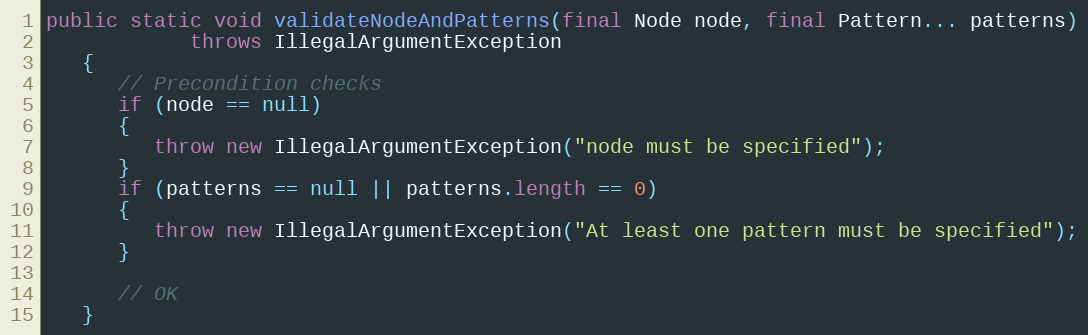
Language: Java
public static void validateNodeAndPatterns(final Node node, final Pattern... patterns)
            throws IllegalArgumentException
   {
      // Precondition checks
      if (node == null)
      {
         throw new IllegalArgumentException("node must be specified");
      }
      if (patterns == null || patterns.length == 0)
      {
         throw new IllegalArgumentException("At least one pattern must be specified");
      }

      // OK
   }